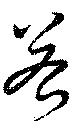
若